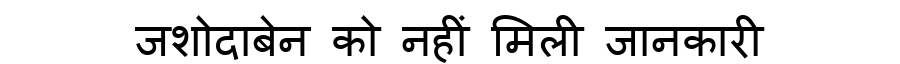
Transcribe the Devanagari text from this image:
जशोदाबेन को नहीं मिली जानकारी